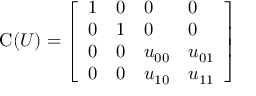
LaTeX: { \mathrm { C } } ( U ) = { \left[ \begin{array} { l l l l } { 1 } & { 0 } & { 0 } & { 0 } \\ { 0 } & { 1 } & { 0 } & { 0 } \\ { 0 } & { 0 } & { u _ { 0 0 } } & { u _ { 0 1 } } \\ { 0 } & { 0 } & { u _ { 1 0 } } & { u _ { 1 1 } } \end{array} \right] }